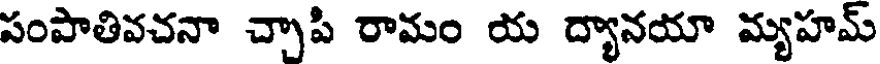
పంపాతివచనా చ్చాపి రామం య ద్యానయా మ్యహమ్